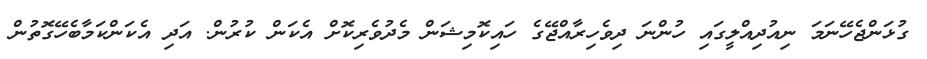
ގުޅަންޖެހޭނަމަ ނިއުދިއްލީގައި ހުންނަ ދިވެހިރާއްޖޭގެ ހައިކޮމިޝަން މެދުވެރިކޮށް އެކަން ކުރުން. އަދި އެކަންކަމާބެހޭގޮތުން